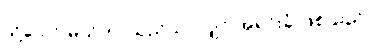
သို့သော် မ္လယ်တာသည်သာလျှင် အရင်းခံ ဖြစ်သည်။